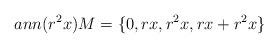
LaTeX: \begin{align*}ann(r^2x)M = \{0, rx, r^{2}x, rx + r^{2}x\} \end{align*}